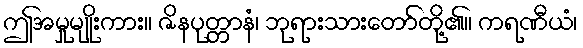
ဤအမှုမျိုးကား။ ဇိနပုတ္တာနံ၊ ဘုရားသားတော်တို့၏။ ကရဏီယံ၊